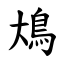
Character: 䲪